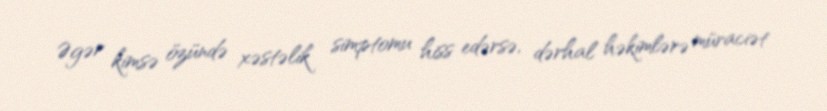
Əgər kimsə özündə xəstəlik simptomu hiss edərsə, dərhal həkimlərə müraciət